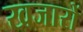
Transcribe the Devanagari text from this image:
खजारों